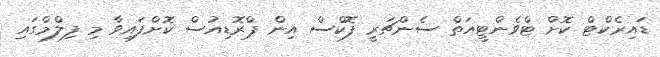
ޑައިރެކްޓް ކޮށް ޓްވެންޓީއަތް ސެންޗަރީ ފޮކްސް އިން ޕްރޮޑިއުސް ކޮށްފައިވާ މި ފިލްމްގައި